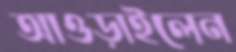
আওড়াইলেন